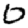
Digit: 0